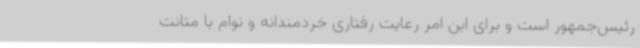
رئیس‌جمهور است و برای این امر رعایت رفتاری خردمندانه و توام با متانت